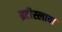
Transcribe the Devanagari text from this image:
ब्रटीस्लावा